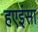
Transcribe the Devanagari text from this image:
हएइंसा